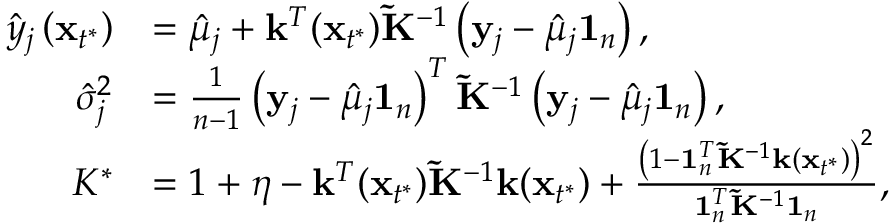
\begin{array} { r l } { \hat { y } _ { j } \left( \mathbf x _ { t ^ { * } } \right) } & { = \hat { \mu } _ { j } + \mathbf { k } ^ { T } ( \mathbf x _ { t ^ { * } } ) \mathbf { \tilde { K } } ^ { - 1 } \left( \mathbf y _ { j } - \hat { \mu } _ { j } \mathbf { 1 } _ { n } \right) , } \\ { \hat { \sigma } _ { j } ^ { 2 } } & { = \frac { 1 } { n - 1 } \left( \mathbf { y } _ { j } - \hat { \mu } _ { j } \mathbf { 1 } _ { n } \right) ^ { T } { \mathbf { \tilde { K } } } ^ { - 1 } \left( \mathbf { y } _ { j } - \hat { \mu } _ { j } \mathbf { 1 } _ { n } \right) , } \\ { K ^ { * } } & { = 1 + \eta - \mathbf { k } ^ { T } ( \mathbf x _ { t ^ { * } } ) { \mathbf { \tilde { K } } } ^ { - 1 } \mathbf { k } ( \mathbf x _ { t ^ { * } } ) + \frac { \left( 1 - \mathbf { 1 } _ { n } ^ { T } { \mathbf { \tilde { K } } } ^ { - 1 } \mathbf { k } ( \mathbf x _ { t ^ { * } } ) \right) ^ { 2 } } { \mathbf { 1 } _ { n } ^ { T } { \mathbf { \tilde { K } } } ^ { - 1 } \mathbf { 1 } _ { n } } , } \end{array}